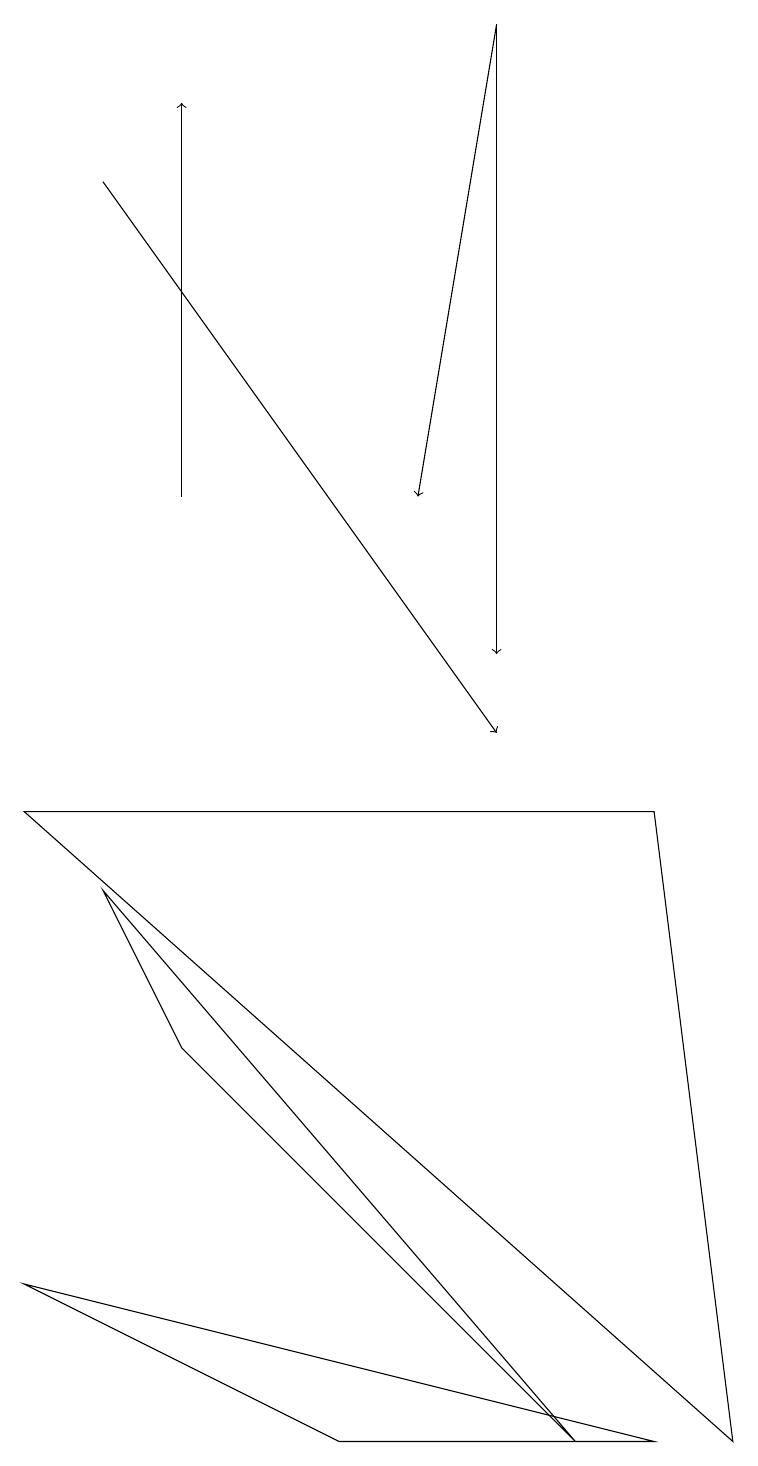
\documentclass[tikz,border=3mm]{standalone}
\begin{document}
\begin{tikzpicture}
\draw[->] (1,17) -- (6,10);
\draw (4,1) -- (0,3) -- (8,1) -- cycle;
\draw (2,6) -- (7,1) -- (1,8) -- cycle;
\draw (9,1) -- (0,9) -- (8,9) -- cycle;
\draw (6,13) rectangle (6,15);
\draw[->] (6,19) -- (6,11);
\draw[->] (2,13) -- (2,18);
\draw[->] (6,19) -- (5,13);
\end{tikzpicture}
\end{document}